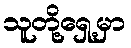
သူတို့ရှေ့မှာ